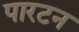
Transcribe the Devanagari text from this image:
पारटन